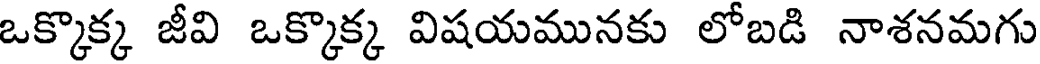
ఒక్కొక్క జీవి ఒక్కొక్క విషయమునకు లోబడి నాశనమగు